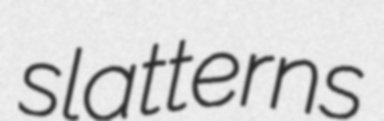
slatterns